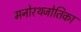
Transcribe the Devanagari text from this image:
मनोरथजोतिका